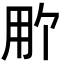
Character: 𬎽